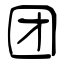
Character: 团